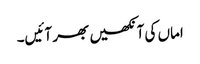
اماں کی آنکھیں بھر آئیں۔